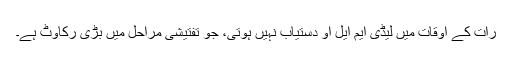
رات کے اوقات میں لیڈی ایم ایل او دستیاب نہیں ہوتی، جو تفتیشی مراحل میں بڑی رکاوٹ ہے۔